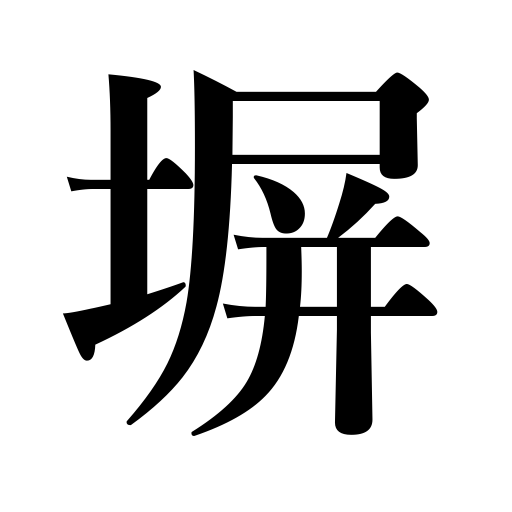
Meanings: wall,fence